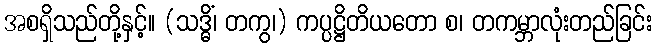
အစရှိသည်တို့နှင့်။ (သဒ္ဓိံ၊ တကွ၊) ကပ္ပဋ္ဌိတိယတော စ၊ တကမ္ဘာလုံးတည်ခြင်း